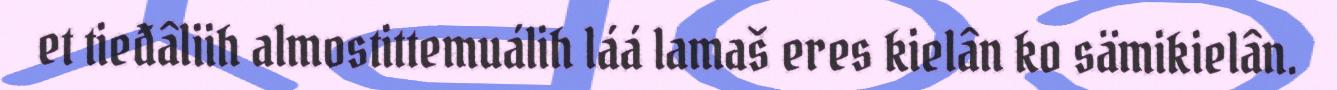
et tieđâliih almostittemuálih láá lamaš eres kielân ko sämikielân.